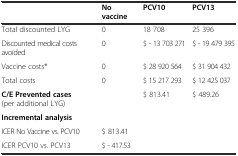
<table><thead><tr><td></td><td><b>No vaccine</b></td><td><b>PCV10</b></td><td><b>PCV13</b></td></tr></thead><tbody><tr><td>Total discounted LYG</td><td>0</td><td>18 708</td><td>25 396</td></tr><tr><td>Discounted medical costs avoided</td><td>0</td><td>$ - 13 703 271</td><td>$ - 19 479 395</td></tr><tr><td>Vaccine costs*</td><td>0</td><td>$ 28 920 564</td><td>$ 31 904 432</td></tr><tr><td>Total costs</td><td>0</td><td>$ 15 217 293</td><td>$ 12 425 037</td></tr><tr><td><b>C/E Prevented cases</b> (per additional LYG)</td><td></td><td>$ 813.41</td><td>$ 489.26</td></tr><tr><td><b>Incremental analysis</b></td><td></td><td></td><td></td></tr><tr><td>ICER No Vaccine vs. PCV10</td><td>$ 813.41</td><td></td><td></td></tr><tr><td>ICER PCV10 vs. PCV13</td><td>$ - 417.53</td><td></td><td></td></tr></tbody></table>